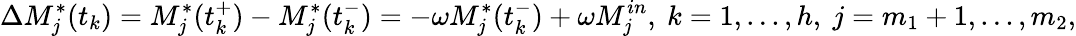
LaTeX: \Delta M_{j}^{*}(t_{k})=M_{j}^{*}(t_{k}^{+})-M_{j}^{*}(t_{k}^{-})=-\omega M_{j}^{*}(t_{k}^{-})+\omega M_{j}^{in},\ k=1,...,h,\ j=m_{1}+1,...,m_{2},